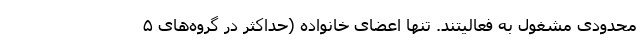
محدودی مشغول به فعالیتند. تنها اعضای خانواده (حداکثر در گروه‌های ۵